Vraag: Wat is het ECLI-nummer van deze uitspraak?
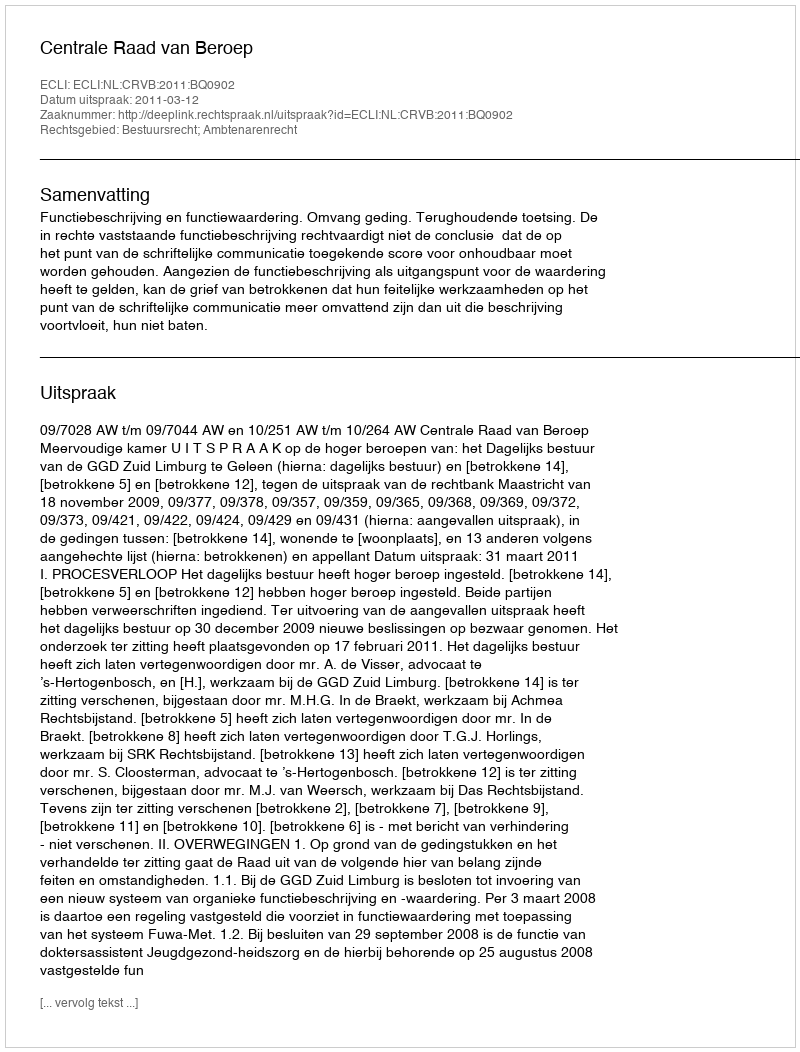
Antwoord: ECLI:NL:CRVB:2011:BQ0902